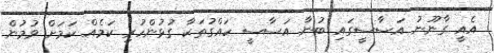
އެއީ ގާނޫނު އަސާސީގައި ބުނާ އަސާސީ ހައްގުތަކާ ގުޅުންހުރި ކަމެއް ކަމަށް ވުމުން